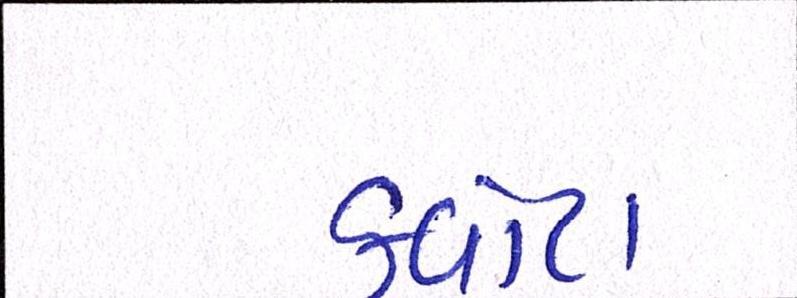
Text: ક્વોટા